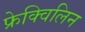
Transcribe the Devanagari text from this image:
फ्रेक्विलिन